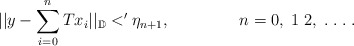
\begin{align*}||y-\sum_{i=0}^{n}Tx_{i}||_{\mathbb{D}} <' \eta_{n+1}, \;\;\;\;\;\;\;\;\;\;\;\;\;\;\; n=0,\;1\;2,\;.\;.\;.\;.\end{align*}